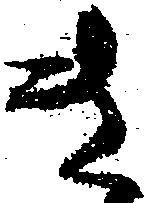
き